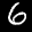
Label: 6